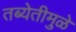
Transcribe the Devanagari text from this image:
तब्येतीमुळे